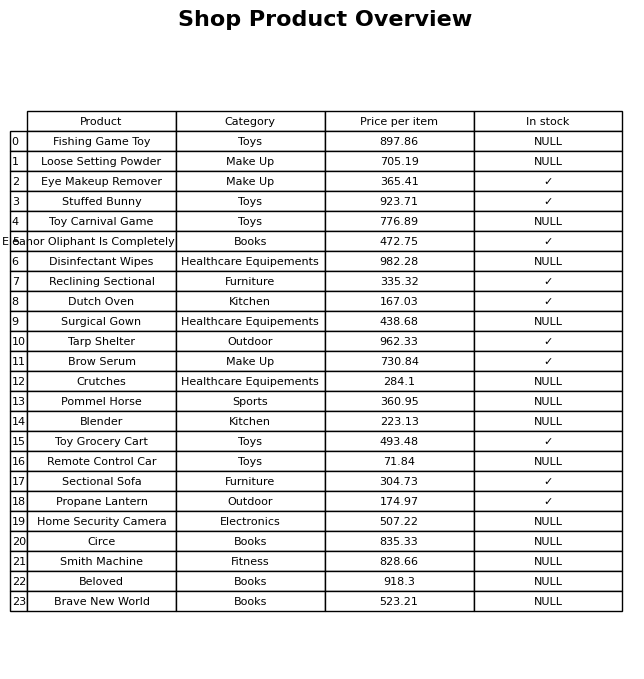
question: What is the price for Pommel Horse?
answer: The price of Pommel Horse is 360.95.